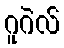
ဂူဂဲလ်